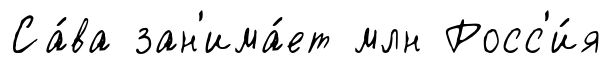
Са́ва зан'има́ет млн Росс'и́я